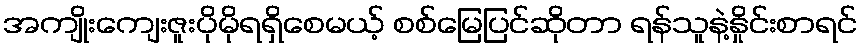
အကျိုးကျေးဇူးပိုမိုရရှိစေမယ့် စစ်မြေပြင်ဆိုတာ ရန်သူနဲ့နှိုင်းစာရင်